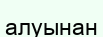
алуынан